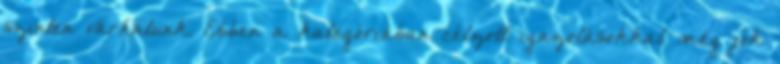
szinten várhatunk. Ebben a kategóriában célzott igazolásokkal még jók